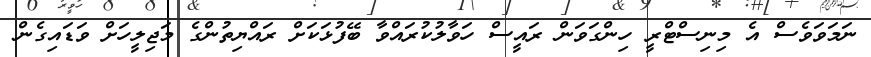
ނަމަވަވެސް އެ މިނިސްޓްރީ ހިންގަވަން ރައީސް ހަވާލުކުރައްވާ ބޭފުޅަކަށް ރައްޔިތުންގެ މަޖިލީހަށް ވަޑައިގެން